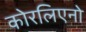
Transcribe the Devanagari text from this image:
कोरलिएनो